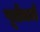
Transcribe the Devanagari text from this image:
पूर्तधर्म